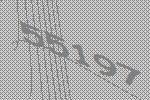
55197